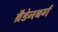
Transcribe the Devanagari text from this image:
ब्रैडेनबर्ग